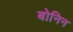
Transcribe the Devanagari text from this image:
बोनिन